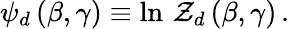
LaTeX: \psi_{d}\, (\beta,\gamma)\equiv\ln\, \mathcal{Z}_{d}\, (\beta,\gamma)\, .